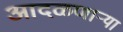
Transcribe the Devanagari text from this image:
आदळणार्‍या